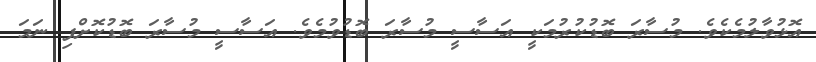
އޮޅުވާލުމެކެވެ. މުސާރަ ބޮޑުކުރުމަކީ އަސާސީ މުސާރަ ބޮޑުވުމެވެ. އަސާސީ މުސާރަ ބޮޑުކޮށްފި ނަމަ